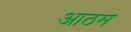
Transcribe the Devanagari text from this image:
आठम